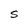
Character: S